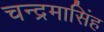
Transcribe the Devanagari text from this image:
चन्द्रमासिंह